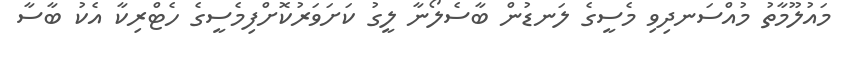
މައުލޫމާތު މުއްސަނދިވި މެސީގެ ލަނޑުން ބާސެލޯނާ ލީގު ކަށަވަރުކޮށްފިމެސީގެ ހެޓްރިކާ އެކު ބާސާ